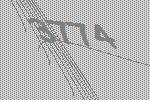
3774